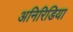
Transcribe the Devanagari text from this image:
अनिरिडिया